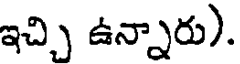
ఇచ్చి ఉన్నారు).